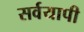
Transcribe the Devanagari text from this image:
सर्वयापी